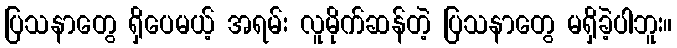
ပြသနာတွေ ရှိပေမယ့် အရမ်း လူမိုက်ဆန်တဲ့ ပြသနာတွေ မရှိခဲ့ပါဘူး။